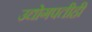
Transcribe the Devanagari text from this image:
उद्योगपतीही